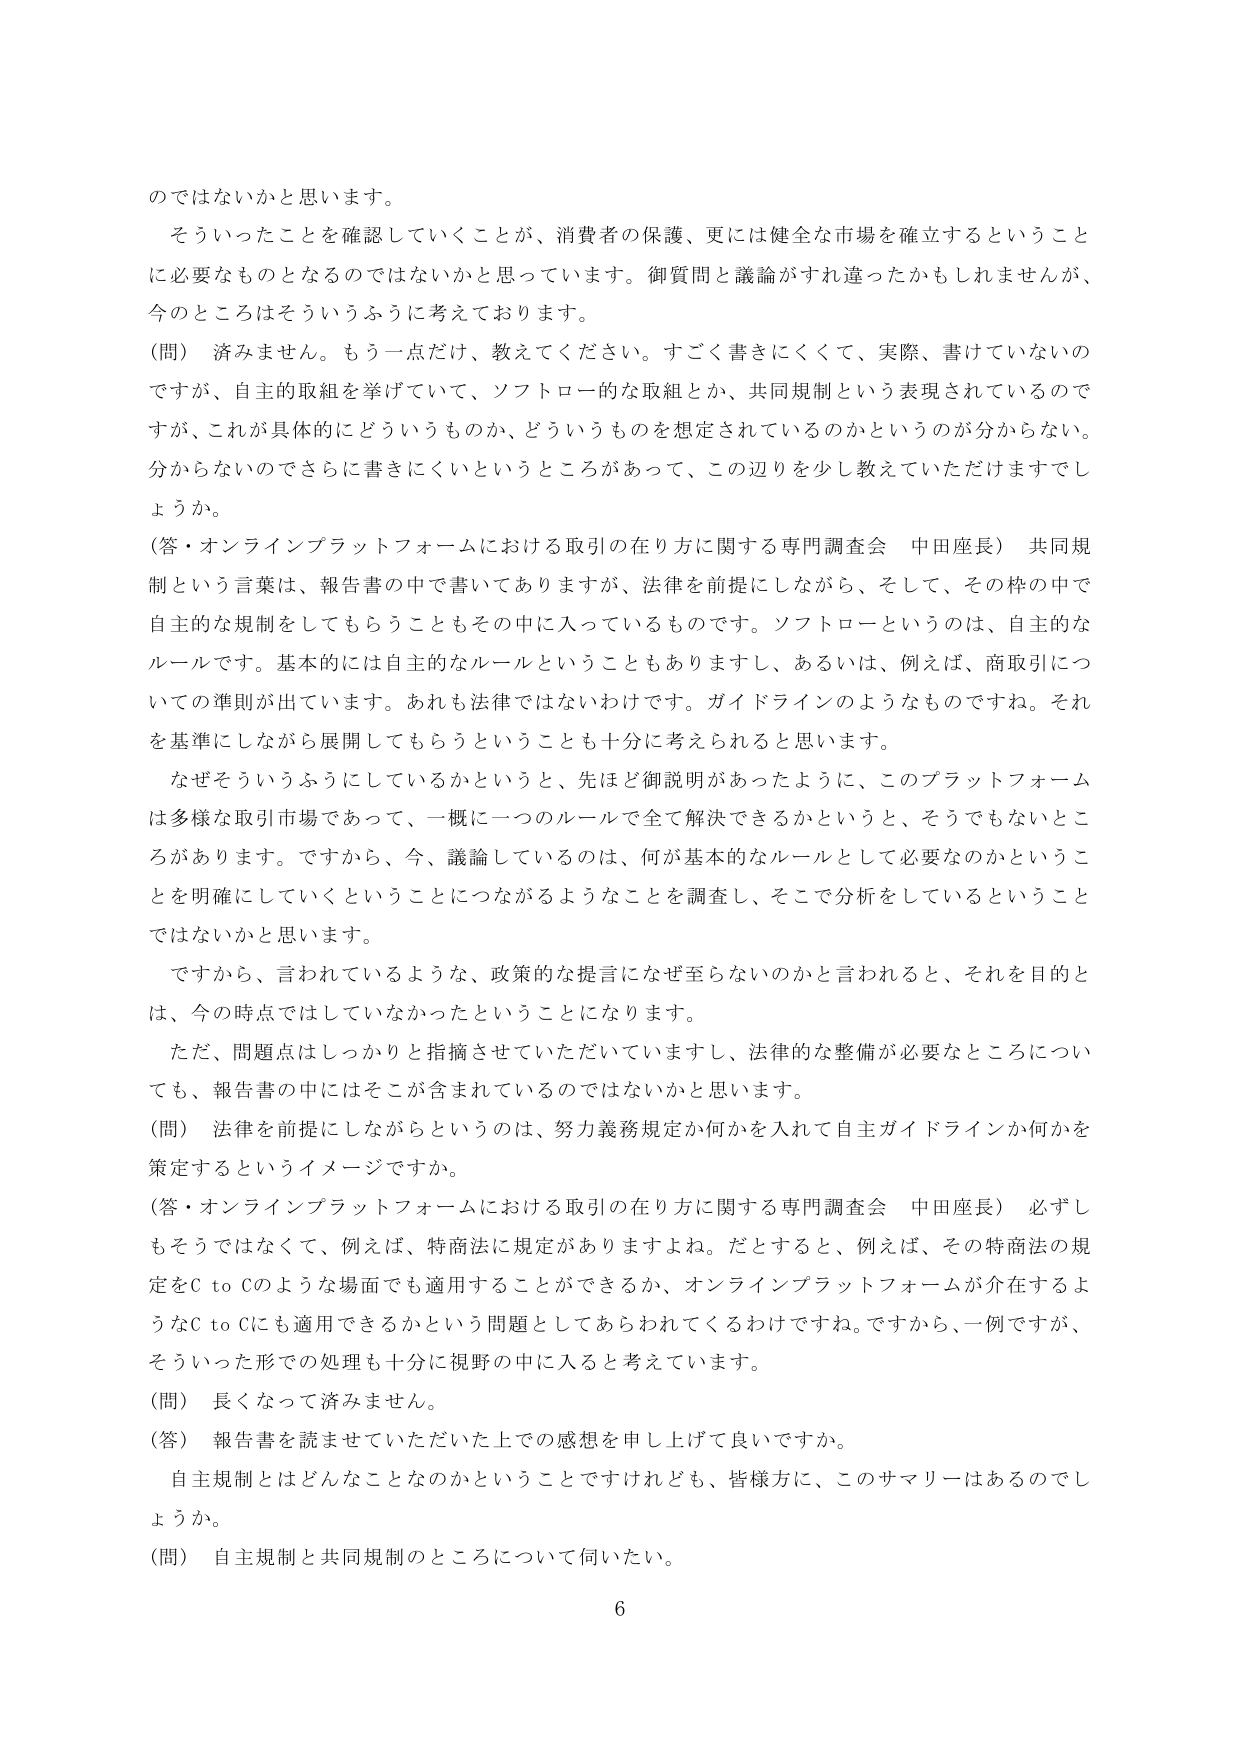
のではないかと思います。
そういったことを確認していくことが、消費者の保護、更には健全な市場を確立するということに必要なものとなるのではないかと思っています。御質問と議論がすれ違ったかもしれませんが、今のところはそういうふうに考えております。
（問）済みません。もう一点だけ、教えてください。すごく書きにくくて、実際、書いていないのですが、自主的取組を挙げていて、ソフトロー的な取組とか、共同規制という表現されているのですが、これが具体的にどういうものか、どういうものを想定されているのかというのが分からない。分からないのでさらに書きにくいというところがあって、この辺りを少し教えていただけますでしょうか。
（答・オンラインプラットフォームにおける取引の在り方に関する専門調査会 中田座長）共同規制という言葉は、報告書の中で書いてありますが、法律を前提にしながら、そして、その枠の中で自主的な規制をしてもらうこともその中に入っているものです。ソフトローというのは、自主的なルールです。基本的には自主的なルールということもありますし、あるいは、例えば、商取引についての準則が出ています。あれも法律ではないわけです。ガイドラインのようなものですね。それを基準にしながら展開してもらうということも十分に考えられると思います。
なぜそういうふうにしているかというと、先ほど御説明があったように、このプラットフォームは多様な取引市場であって、一概に一つのルールで全て解決できるかというと、そうでもないところがあります。ですから、今、議論しているのは、何が基本的なルールとして必要なのかということを明確にしていくということにつながるようなことを調査し、そこで分析をしているということではないかと思います。
ですから、言われているような、政策的な提言になぜ至らないのかと言われると、それを目的とは、今の時点ではしていなかったということになります。
ただ、問題点はしっかりと指摘させていただいていますし、法律的な整備が必要なところについても、報告書の中にはそこが含まれているのではないかと思います。
（問）法律を前提にしながらというのは、努力義務規定か何かを入れて自主ガイドラインか何かを策定するというイメージですか。
（答・オンラインプラットフォームにおける取引の在り方に関する専門調査会 中田座長）必ずしもそうではなくて、例えば、特商法に規定がありますよね。だとすると、例えば、その特商法の規定をC to Cのような場面でも適用することができるか、オンラインプラットフォームが介在するようなC to Cにも適用できるかという問題としてあらわれてくるわけです。ですから、一例ですが、そういった形での処理も十分に視野の中に入ると考えています。
（問）長くなって済みません。
（答）報告書を読ませていただいた上での感想を申し上げて良いですか。
自主規制とはどんなことなのかということですけれども、皆様方に、このサマリーはあるのでしょうか。
（問）自主規制と共同規制のところについて伺いたい。
6